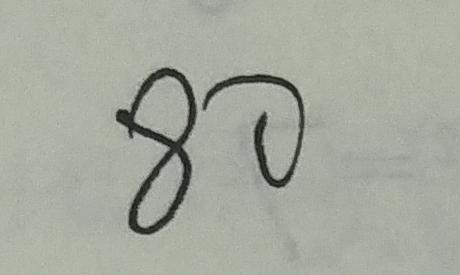
8 0